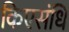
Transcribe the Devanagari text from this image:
किएसंधि